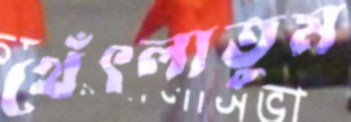
থেঁৎলাতুম